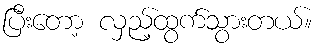
ပြီးတော့ လှည့်ထွက်သွားတယ်။